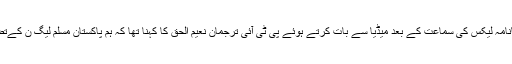
15نومبر 2016ء): سپریم کورٹ میں پانامہ لیکس کی سماعت کے بعد میڈیا سے بات کرتے ہوئے پی ٹی آئی ترجمان نعیم الحق کا کہنا تھا کہ ہم پاکستان مسلم لیگ ن کےتضحیک آمیز رویے کی مذمت کرتے ہیں۔